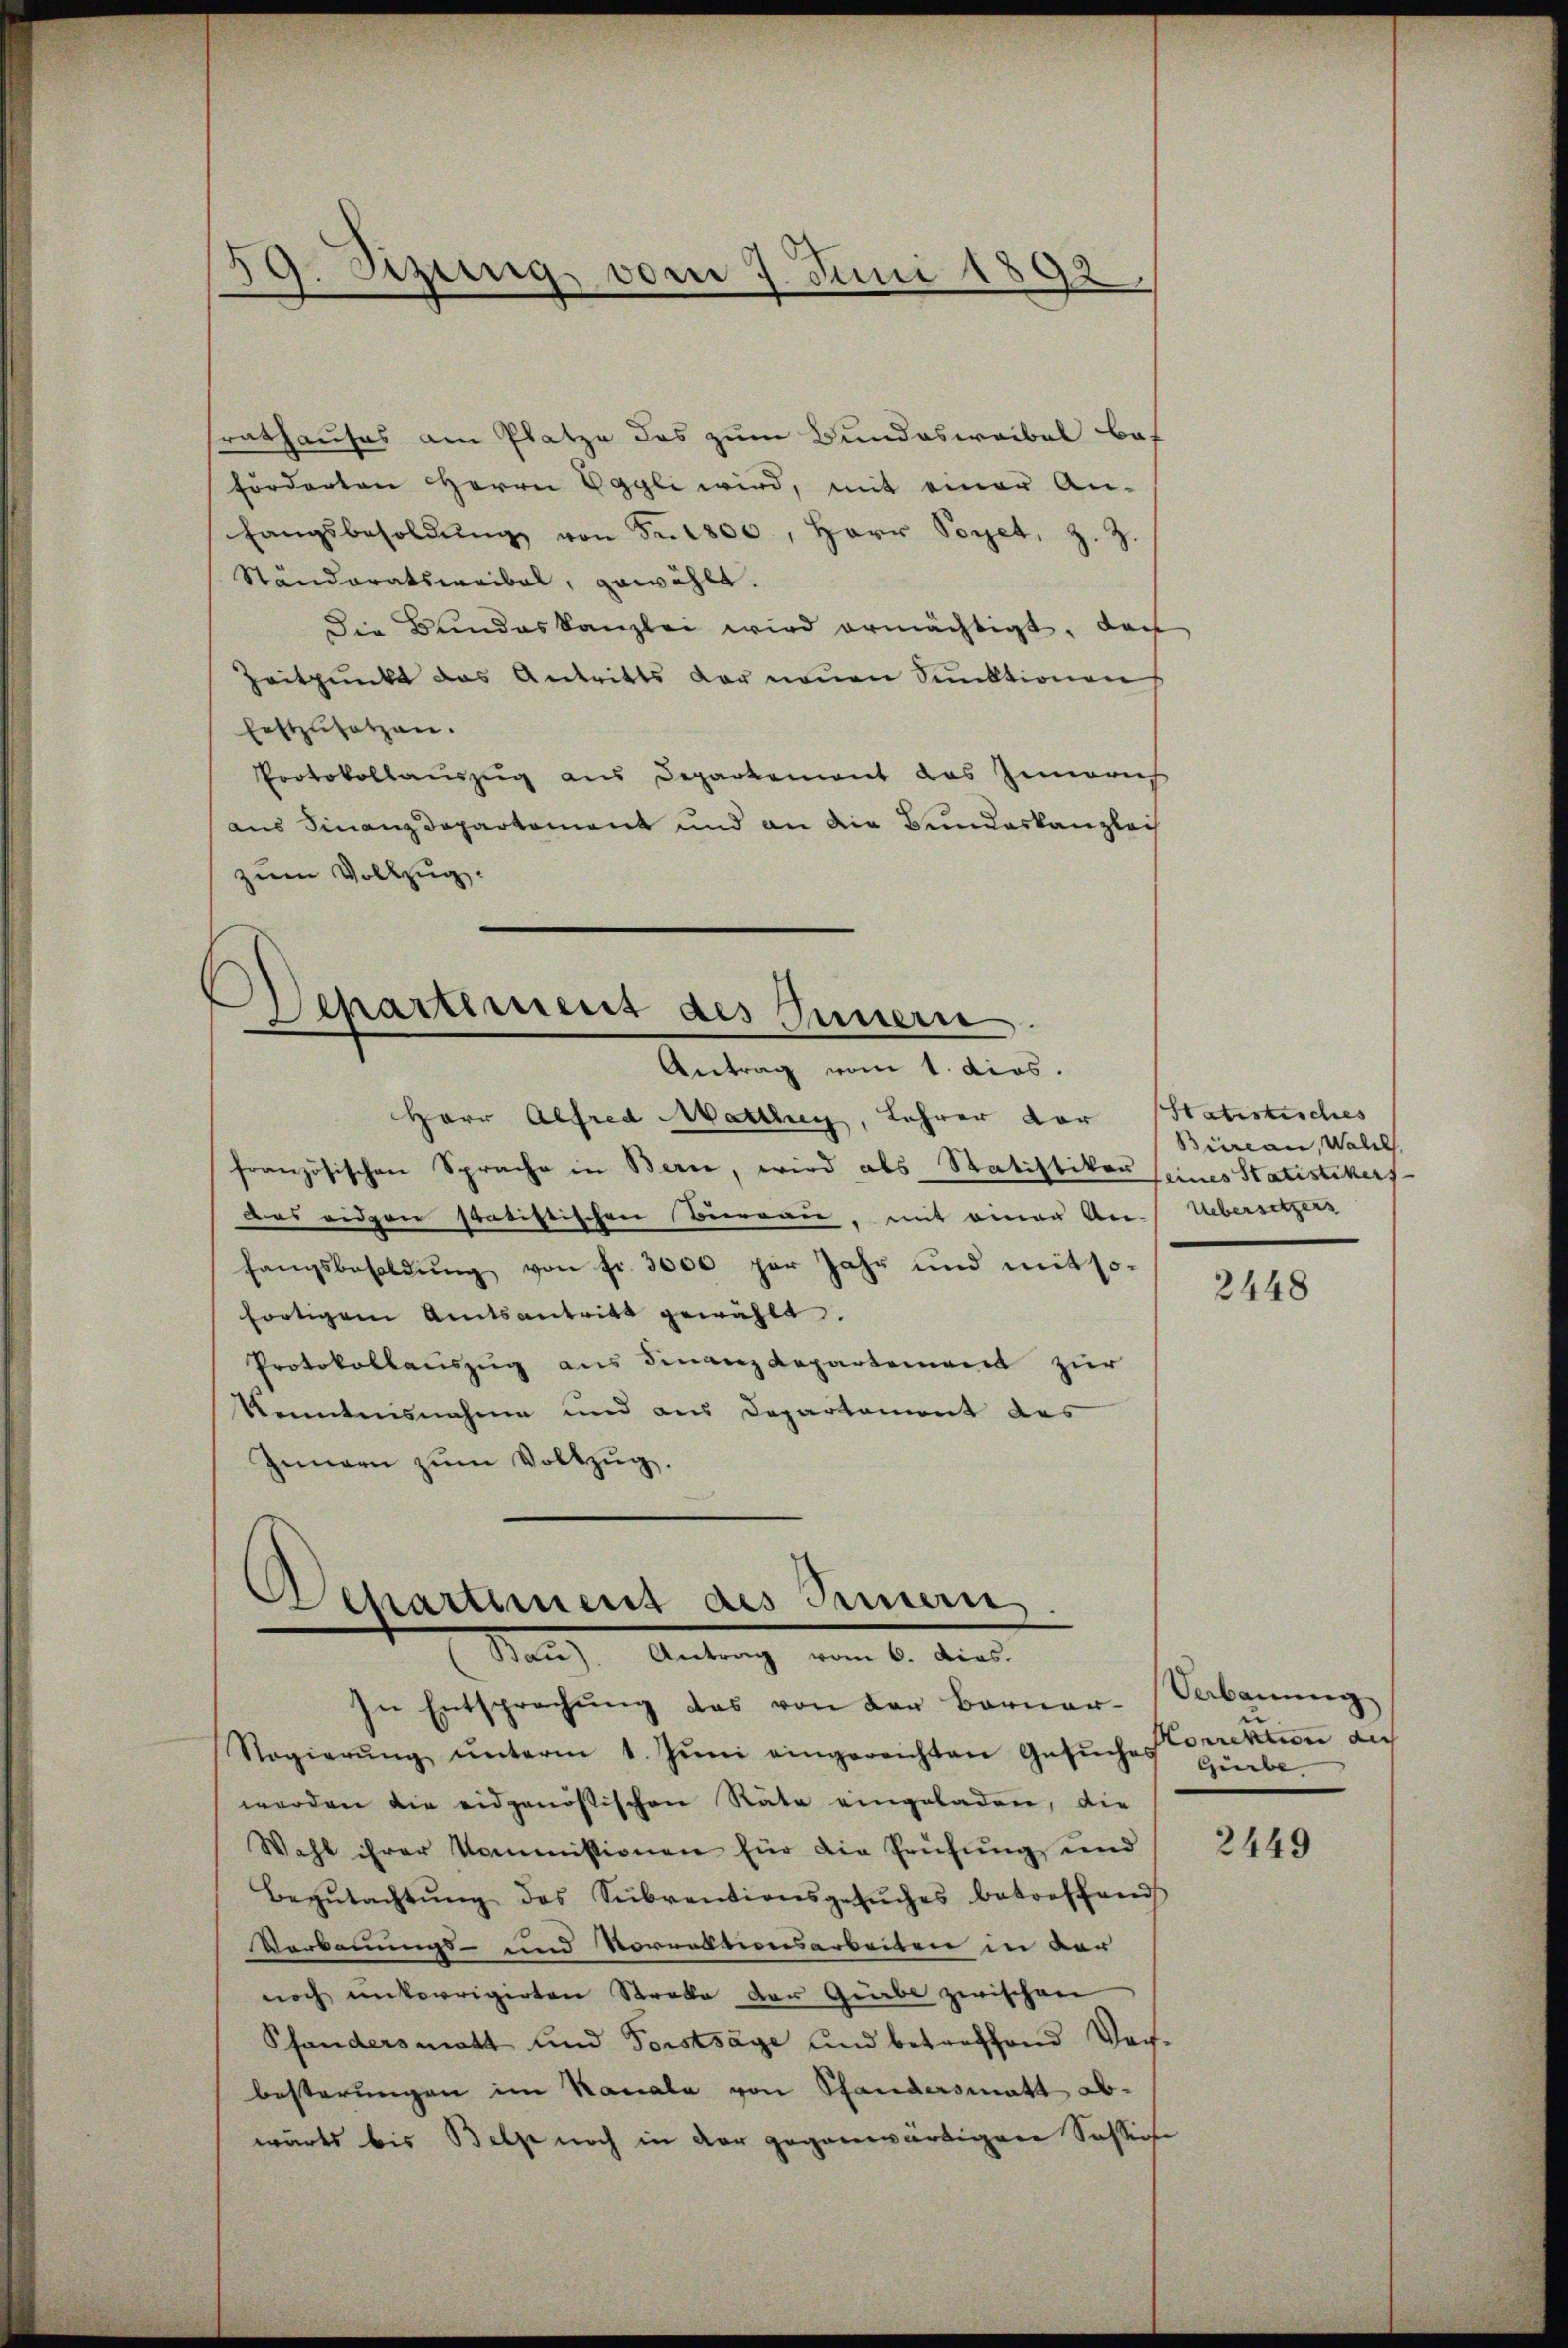
59. Bezug vom 7. Juni 1892

srathauses am Platze des zum Bundeswaibel bef
Forderten Herrn Eggli wird, mit einer An-
fangsbesoldŭng von Fr. 1800, Herr Poget, z. Z.
Ständeratswaibel, gewählt.
Die Bundeskanzlei wird ermächtigt, doch
Zeitpunkt das Antritts der neuen Sunktionen
Eestzŭsetzen.
Protokollauszug aus Departement das Zimaris
aus Finanzdepartement und an die Bundeskanzleih
zum Vollzug.

Separtiment des Innern.
Antrag vom 1. dies.

Herr Alfred Mattley, Lehrer dar
französischen Sprache in Bern, wird als Statistikon seines Statistikers
Das eidgen statistischen Bierrau, mit einer An-Uebersetzers
fangsbesoldŭng von fr. 3000 per Jahr und mit sofortigem Amtsantritt gewählt.
Protokollauszug aus Finanz Repartement zur
Kenntnisnahme und aus Departement des
Innern zŭm Vollzug.

Departement des Innern.
Nach Antrag vom 6. denn

In Entsprechung das von der Berner-
Nagierŭng ŭnterm 1. Jŭni eingereichten Gesŭches Correktion au
worden die eidgenössischen Räte eingeladen, die
Wahl ihrer kommissionen für die Prüfŭng und
Begŭtachtŭng des Sŭbventionsgesŭches betreffend
Verkennungs- und Vorrationsarbeiten in der
noch unkorrigirten Strobe der Girbe zwischen
Pfanders matt und Forstsage und betreffend Vor-
besterungen im Kanale von Pfandersmatt abwärts bis Belge noch in der gegenwärtigen Sassige

Statistisches
Büreau, Walch

2448

Verbauung
Gürbe |

2449